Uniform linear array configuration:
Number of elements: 24
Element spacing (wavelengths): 0.5
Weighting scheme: kaiser
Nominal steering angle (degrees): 15
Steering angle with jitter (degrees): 14.36
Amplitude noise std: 0.05
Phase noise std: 0.05

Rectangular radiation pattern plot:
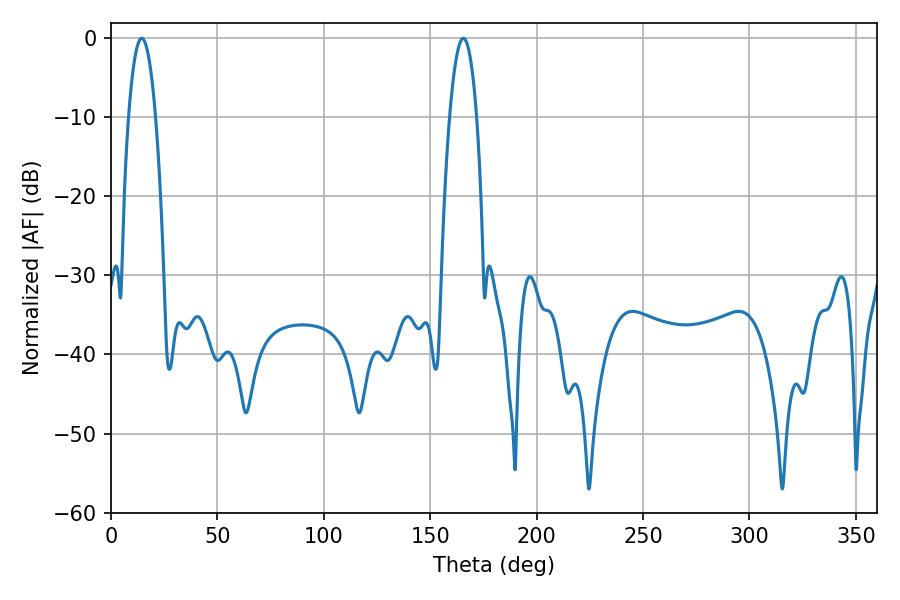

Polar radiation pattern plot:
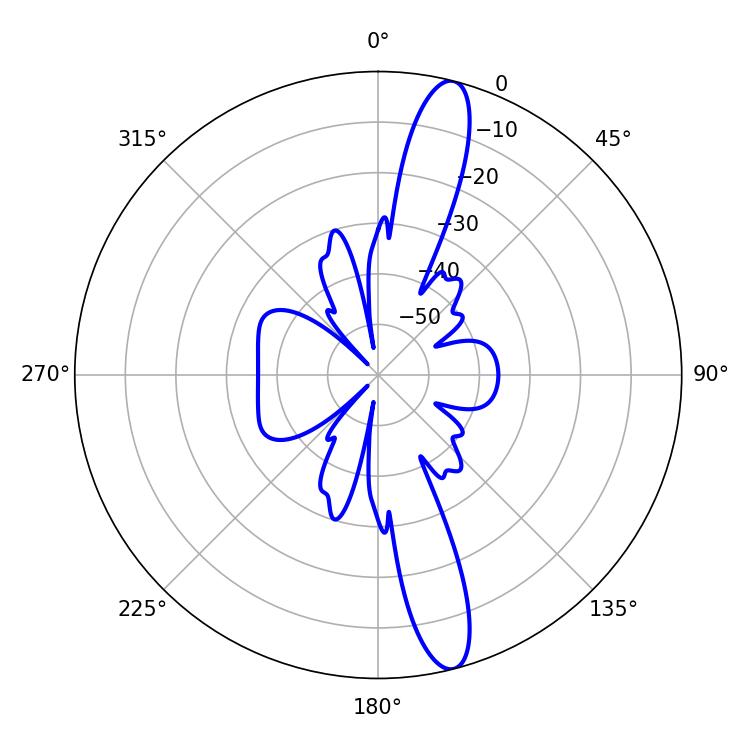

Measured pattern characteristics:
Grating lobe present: FALSE
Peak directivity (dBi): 14.828
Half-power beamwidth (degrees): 7.02
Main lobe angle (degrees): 14.4